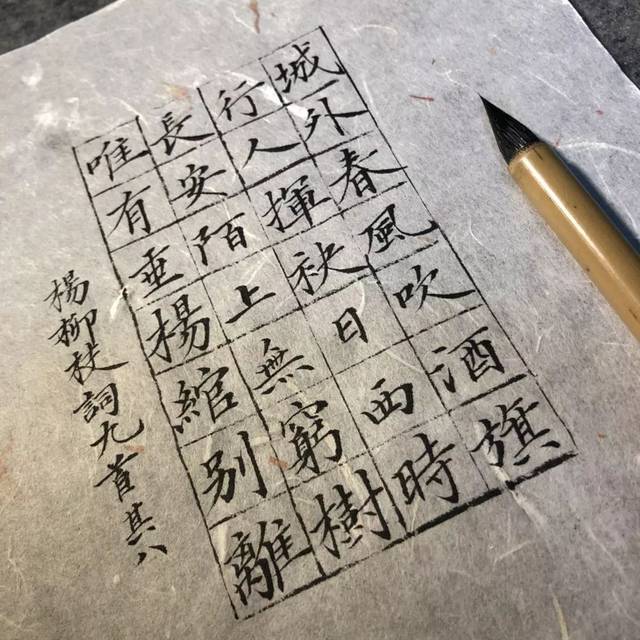
长安陌上无穷树，唯有垂杨绾别离。